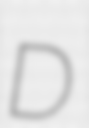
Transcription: D